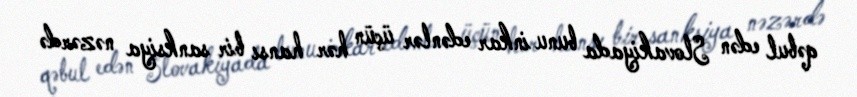
qəbul edən Slovakiyada bunu inkar edənlər üçün hər hansı bir sanksiya nəzərdə